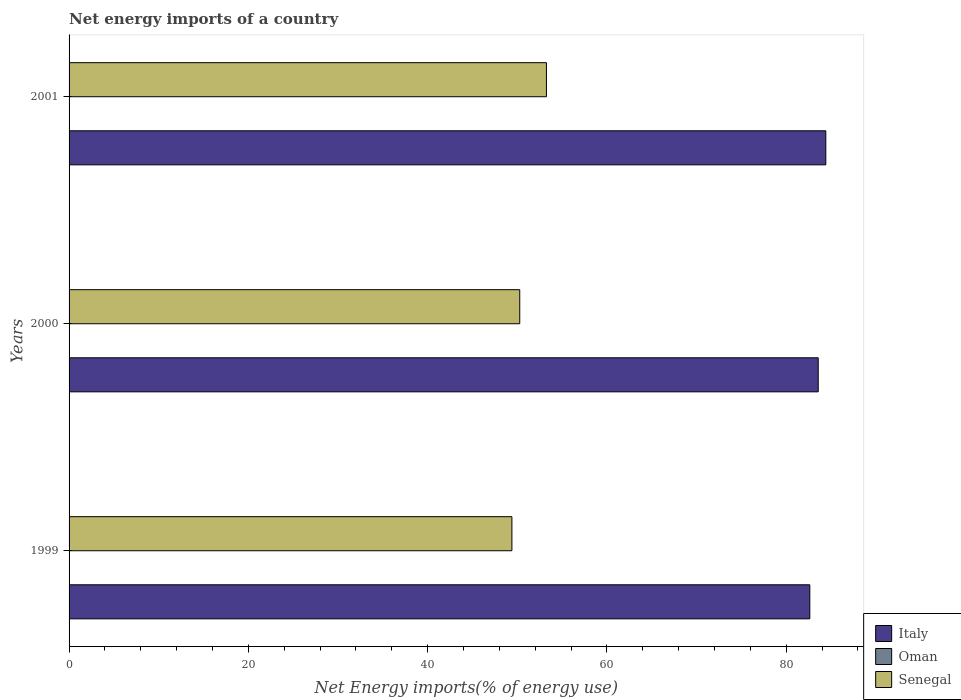
| Years | Italy | Oman | Senegal |
 | --- | --- | --- | --- |
 | 1999 | 82.6 | -667 | 49.4 |
 | 2000 | 83.6 | -685 | 50.3 |
 | 2001 | 84.4 | -668 | 53.3 |